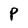
Character: P